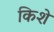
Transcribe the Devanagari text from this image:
किशे